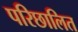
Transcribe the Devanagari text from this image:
परिछालित